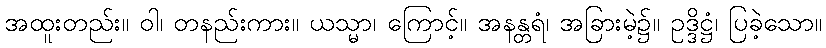
အထူးတည်း။ ဝါ၊ တနည်းကား။ ယသ္မာ၊ ကြောင့်။ အနန္တရံ၊ အခြားမဲ့၌။ ဥဒ္ဒိဋ္ဌံ၊ ပြခဲ့သော။